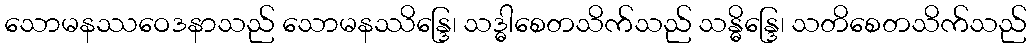
သောမနဿဝေဒနာသည် သောမနဿိန္ဒြေ၊ သဒ္ဓါစေတသိက်သည် သန္ဓိန္ဒြေ၊ သတိစေတသိက်သည်